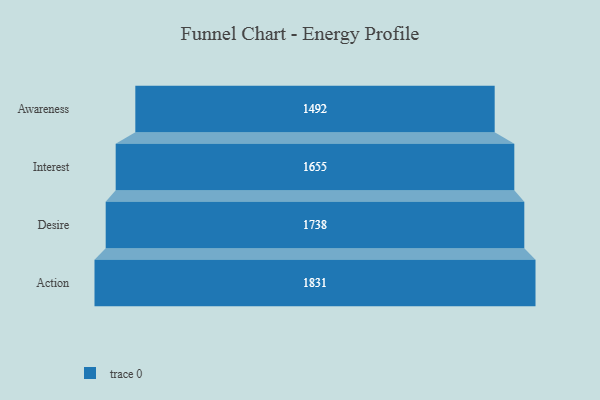
{"axis": {"x": "Stage", "y": "Value"}, "legend": [""], "data": [{"x": "Awareness", "y": 1492.0, "type": ""}, {"x": "Interest", "y": 1655.0, "type": ""}, {"x": "Desire", "y": 1738.0, "type": ""}, {"x": "Action", "y": 1831.0, "type": ""}]}